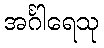
အင်္ဂါရေသု